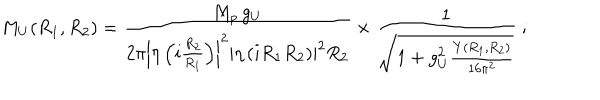
LaTeX: M _ { U } ( R _ { 1 } , R _ { 2 } ) = \frac { M _ { p } \, g _ { U } } { { 2 \pi } \left| \eta \left( i \frac { R _ { 2 } } { R _ { 1 } } \right) \right| ^ { 2 } \left| \eta \left( i R _ { 1 } R _ { 2 } \right) \right| ^ { 2 } R _ { 2 } } \times \frac { 1 } { \sqrt { 1 + g _ { U } ^ { 2 } \frac { Y ( R _ { 1 } , R _ { 2 } ) } { 1 6 \pi ^ { 2 } } } } \ ;